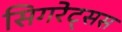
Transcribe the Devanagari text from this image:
सिगरेट्सस